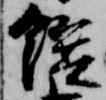
饌